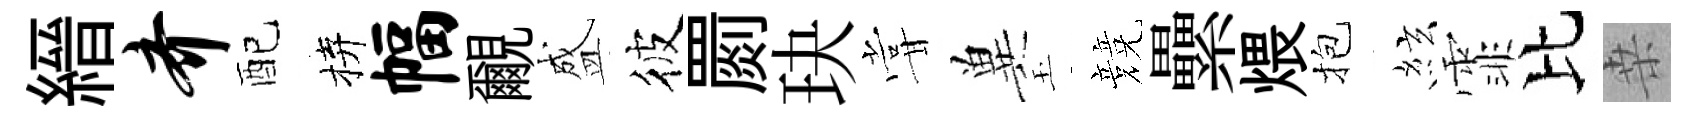
縉齐配拚幅覼盛彼罽玦甞兾玉競纍煨抱絃霏比桒